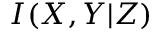
I ( X , Y | Z )